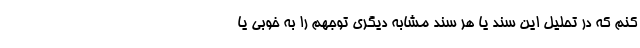
کنم که در تحلیل این سند یا هر سند مشابه دیگری توجهم را به خوبی یا